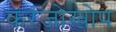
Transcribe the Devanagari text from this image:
करंजोखोप